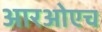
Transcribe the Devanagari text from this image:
आरओएच